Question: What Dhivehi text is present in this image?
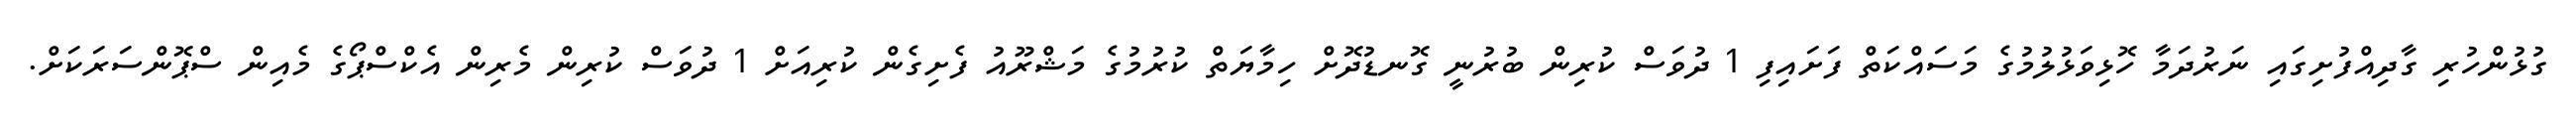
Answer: ގުޅުންހުރި ގާދިއްފުށިގައި ނަރުދަމާ ހޮޅިވަޅުލުމުގެ މަސައްކަތް ފަށައިފި 1 ދުވަސް ކުރިން ބުރުނީ ގޮނޑުދޮށް ހިމާޔަތް ކުރުމުގެ މަޝްރޫއު ފެށިގެން ކުރިއަށް 1 ދުވަސް ކުރިން މެރިން އެކްސްޕޯގެ މެއިން ސްޕޮންސަރަކަށް.